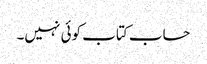
حساب کتاب کوئی نہیں۔